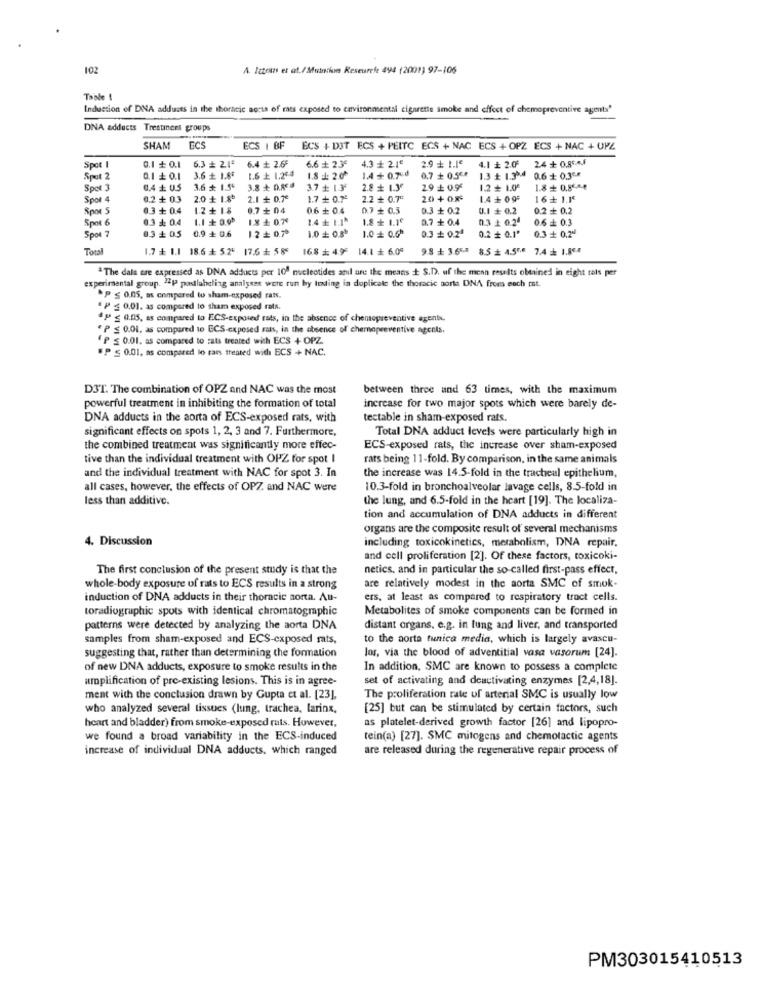
102
A. Ittouns et at./Muttiun Reseurele 494 (2001) 97-106
Table 1
Induction of DNA adduets in the thoracic aorta of rats exposed to environmental cigarette smoke and effect of chemopreventive agents'
DNA adducts Trestinert groups
SHAM
ECS
ECS | BF
ECS + DIT ECS + PEITC ECS + NAC ECS + OPZ ECS + NAC + OPZ
6.3 # 2.1ª
6.4 ₺ 2.65
6.6 + 2.3€
4.3 + 2.1€
2.9 + 1.1e
4.1 ₺ 2.0
24+ 0,85-44
Spot I
0.1 + 0.1
Spel 2
0.1 £ 0.1
3.6 + 1.8*
1.6 £ 1.264
1.8:20
1.4+ 0.750
0,7 + 0.5€¢
1.3 ₺ 1.354
0.6 + 0.3% .*
0.4 ₺ 05
3.6 + 1.50
3.8 + 0.8€
3.7 + 13
2.8 + 1.3€
29 £ 0.95
1.2 + 1.00
1.8 + 0,85.44
Spot 4
0.2 + 03
2.0 ₺ 1.80
2.1+ 0.7€
1.7 + 0.72
2.2+ 0.7€
20 + 0.8
1.4 + 0 95
16+ 1.15
Spor 5
0.3 + 0.4
1.2+ 18
0.7 + 04
0.6 + 0.4
0.7+ 0.5
0.3 0.2
U.I # 0.2
0.2 + 0.2
Spot 6
0.3 ₺ 0.4
1.1 + 0.00
18 + 0.7€
1.4 + 1.1"
1.8 + 1.1€
0.7 + 0.4
0.3 2 0.24
0.6 + 0.3
0.9 + 0.6
1.2 + 0.7º
1.0 £ 0.8
1.0 £ 0.00
0.3+ 0.2ª
Spot 7
0.3 + 05
0.3 + 0.24
0.2 + 0.1'
Total
1.7 ₺ 1.1 18.6 + 5.25 17.6+ 5 85
168 # 4.99
14.1 ₺ 6.05
98 + 3.65.8
8.5 + 4.5"0 7.4 1.804
The dala are expressed as DNA adducts per 10ª nucleotides anil are the means + S.D. of the menn results obtained in eight rots per
experimental group. "EP podlaheling analyses were run by Iending in duplicate the thoracic aorta DNA from each mat.
.P ≤ 0.05, as compared to sham-exposed rats.
" P ≤ 0,01, as compared to sham exposed rats.
4PP ≤ 0.05, as compared to ECS-exposed rats, in the absence of chemopreventive agents.
" P ≤ 0.01, as compared to ECS-exposed rats, in the absence of chemopreventive agents,
(P ≤ 0.01. as compared to rats treated with ECS + OPZ.
"P ≤ 0.01, as compared lo rass treated with ECS + NAC.
D3T. The combination of OPZ and NAC was the most
between three and 63 times, with the maximum
powerful treatment in inhibiting the formation of total
increase for two major spots which were barely de-
DNA adducts in the aorta of ECS-exposed rats, with
tectable in sham-exposed rats.
significant effects on spots 1, 2, 3 and 7. Furthermore,
Total DNA adduct levels were particularly high in
the combined treatment was significantly more effec-
ECS-exposed rats, the increase over sham-exposed
tive than the individual treatment with OPZ for spot I
rats being 11-fold. By comparison, in the same animals
and the individual treatment with NAC for spot 3. In
the increase was 14.5-fold in the tracheal epithelium,
all cases, however, the effects of OPZ and NAC were
10.3-fold in bronchoalveolar lavage cells, 8.5-fold in
less than additive.
the lung, and 6.5-fold in the heart [19]. The localiza-
tion and accumulation of DNA adducts in different
organs are the composite result of several mechanisms
4. Discussion
including toxicokinetics, metabolism, DNA repair.
and cell proliferation [2]. Of these factors, toxicoki-
The first conclusion of the present study is that the
netics, and in particular the so-called first-pass effect,
whole-body exposure of rats to ECS results in a strong
are relatively modest in the aorta SMC of smok-
induction of DNA adducts in their thoracic sorta. Au-
ers, at least as compared to respiratory tract cells.
toradiographic spots with identical chromatographic
Metabolites of smoke components can be formed in
patterns were detected by analyzing the aorta DNA
distant organs, e.g. in lung and liver, and transported
samples from sham-exposed and ECS-exposed rats,
to the aorta tunica media, which is largely avascu-
suggesting that, rather than determining the formation
los, via the blood of adventitial vasa vasorum [24].
of new DNA adducts, exposure to smoke results in the
In addition, SMC are known to possess a complete
amplification of pre-existing lesions. This is in agree-
set of activating and deactivating enzymes [2,4,18].
ment with the conclusion drawn by Gupta et al. [23],
The proliferation rate of arterial SMC is usually low
who analyzed several tissues (lung, trachea, laring,
[25] but can be stimulated by certain factors, such
heart and bladder) from smoke-exposed rats. However,
as platelet-derived growth factor [26] and lipopro-
we found a broad variability in the ECS-induced
tein(a) [27]. SMC mitogens and chemotactic agents
increase of individual DNA adducts, which ranged
are released during the regenerative repair process of
PM303015410513